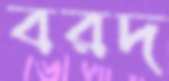
বরদ